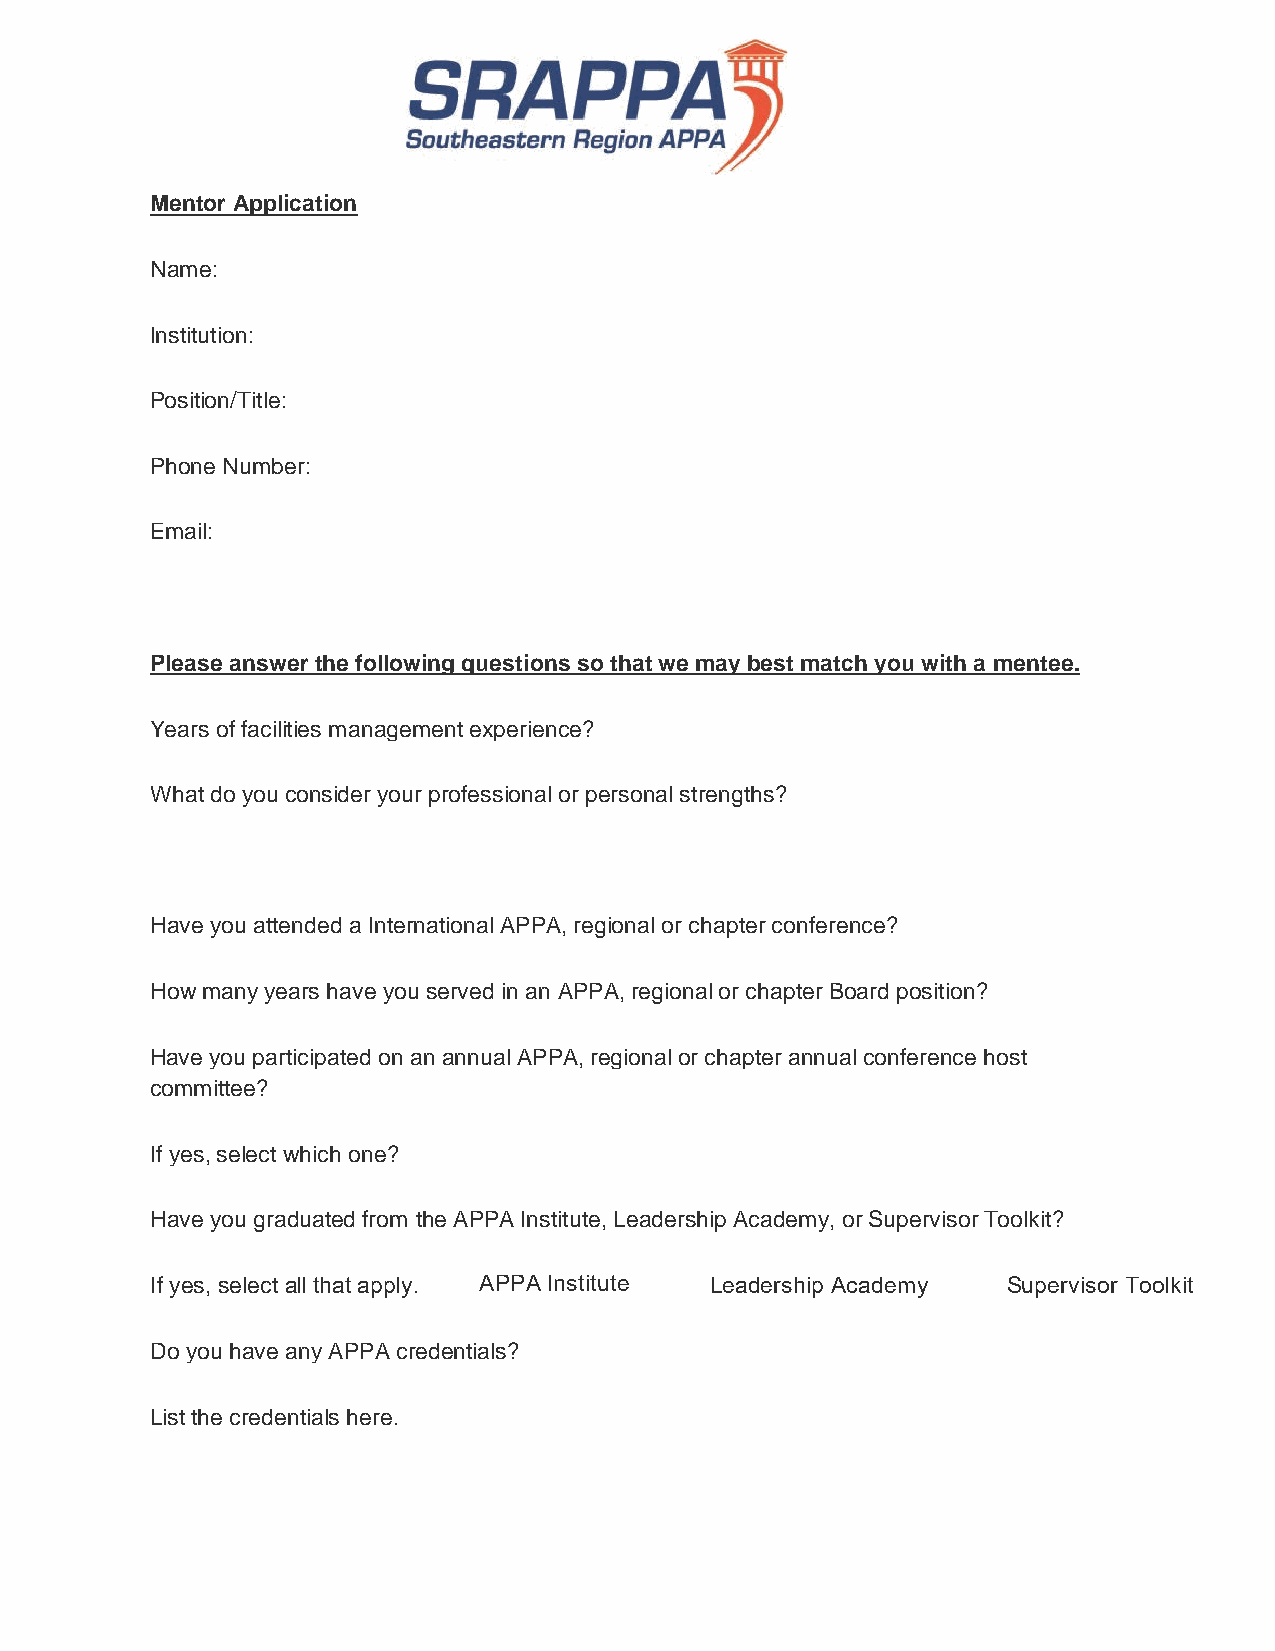
Mentor Application
 Name:
 Institution:
 Position/Title:
 Phone Number:
 Email:
 Please answer the following questions so that we may best match you with a mentee.
 Years of facilities management experience?
 What do you consider your professional or personal strengths?
 Have you attended a International APPA, regional or chapter conference?
 How many years have you served in an APPA, regional or chapter Board position?
 Have you participated on an annual APPA, regional or chapter annual conference host
 committee?
 If yes, select which one?
 Have you graduated from the APPA Institute, Leadership Academy, or Supervisor Toolkit?
 If yes, select all that apply. APPA Institute Leadership Academy Supervisor Toolkit
 Do you have any APPA credentials?
 List the credentials here.